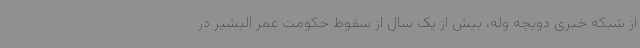
از شبکه خبری دویچه وله، بیش از یک سال از سقوط حکومت عمر البشیر در